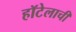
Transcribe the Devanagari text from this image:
हॉटेलाची